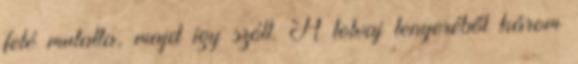
felé mutatta, majd így szólt. A tolvaj tenyeréből három